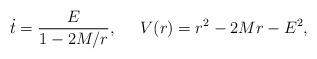
LaTeX: \begin{align*}\dot{t}=\frac{E}{1-2M/r},\;\;\;\;\;V(r)=r^2-2Mr-E^2,\end{align*}